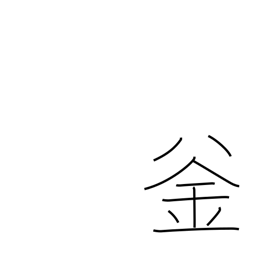
Meaning: kettle